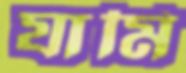
যামি